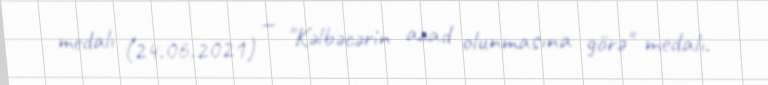
medalı (24.06.2021) — "Kəlbəcərin azad olunmasına görə" medalı.